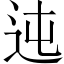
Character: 迍